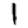
Digit: 1